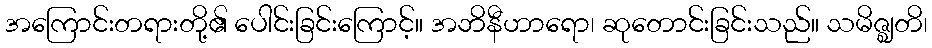
အကြောင်းတရားတို့၏ ပေါင်းခြင်းကြောင့်။ အဘိနီဟာရော၊ ဆုတောင်းခြင်းသည်။ သမိဇ္ဈတိ၊